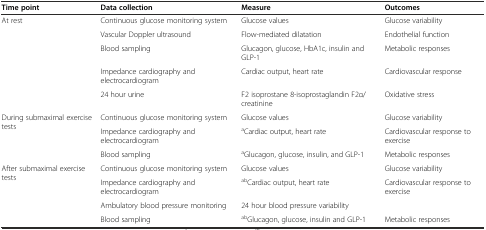
| Time point | Data collection | Measure | Outcomes |
 | --- | --- | --- | --- |
 | <ROWSPAN=5> At rest | Continuous glucose monitoring system | Glucose values | Glucose variability |
 | Vascular Doppler ultrasound | Flow-mediated dilatation | Endothelial function |
 | Blood sampling | Glucagon, glucose, HbA1c, insulin and GLP-1 | Metabolic responses |
 | Impedance cardiography and electrocardiogram | Cardiac output, heart rate | Cardiovascular response |
 | 24 hour urine | F2 isoprostane 8-isoprostaglandin F2α/ creatinine | Oxidative stress |
 | <ROWSPAN=3> During submaximal exercise tests | Continuous glucose monitoring system | Glucose values | Glucose variability |
 | Impedance cardiography and electrocardiogram | aCardiac output, heart rate | Cardiovascular response to exercise |
 | Blood sampling | aGlucagon, glucose, insulin, and GLP-1 | Metabolic responses |
 | <ROWSPAN=4> After submaximal exercise tests | Continuous glucose monitoring system | Glucose values | Glucose variability |
 | Impedance cardiography and electrocardiogram | abCardiac output, heart rate | <ROWSPAN=2> Cardiovascular response to exercise |
 | Ambulatory blood pressure monitoring | 24 hour blood pressure variability |
 | Blood sampling | abGlucagon, glucose, insulin and GLP-1 | Metabolic responses |